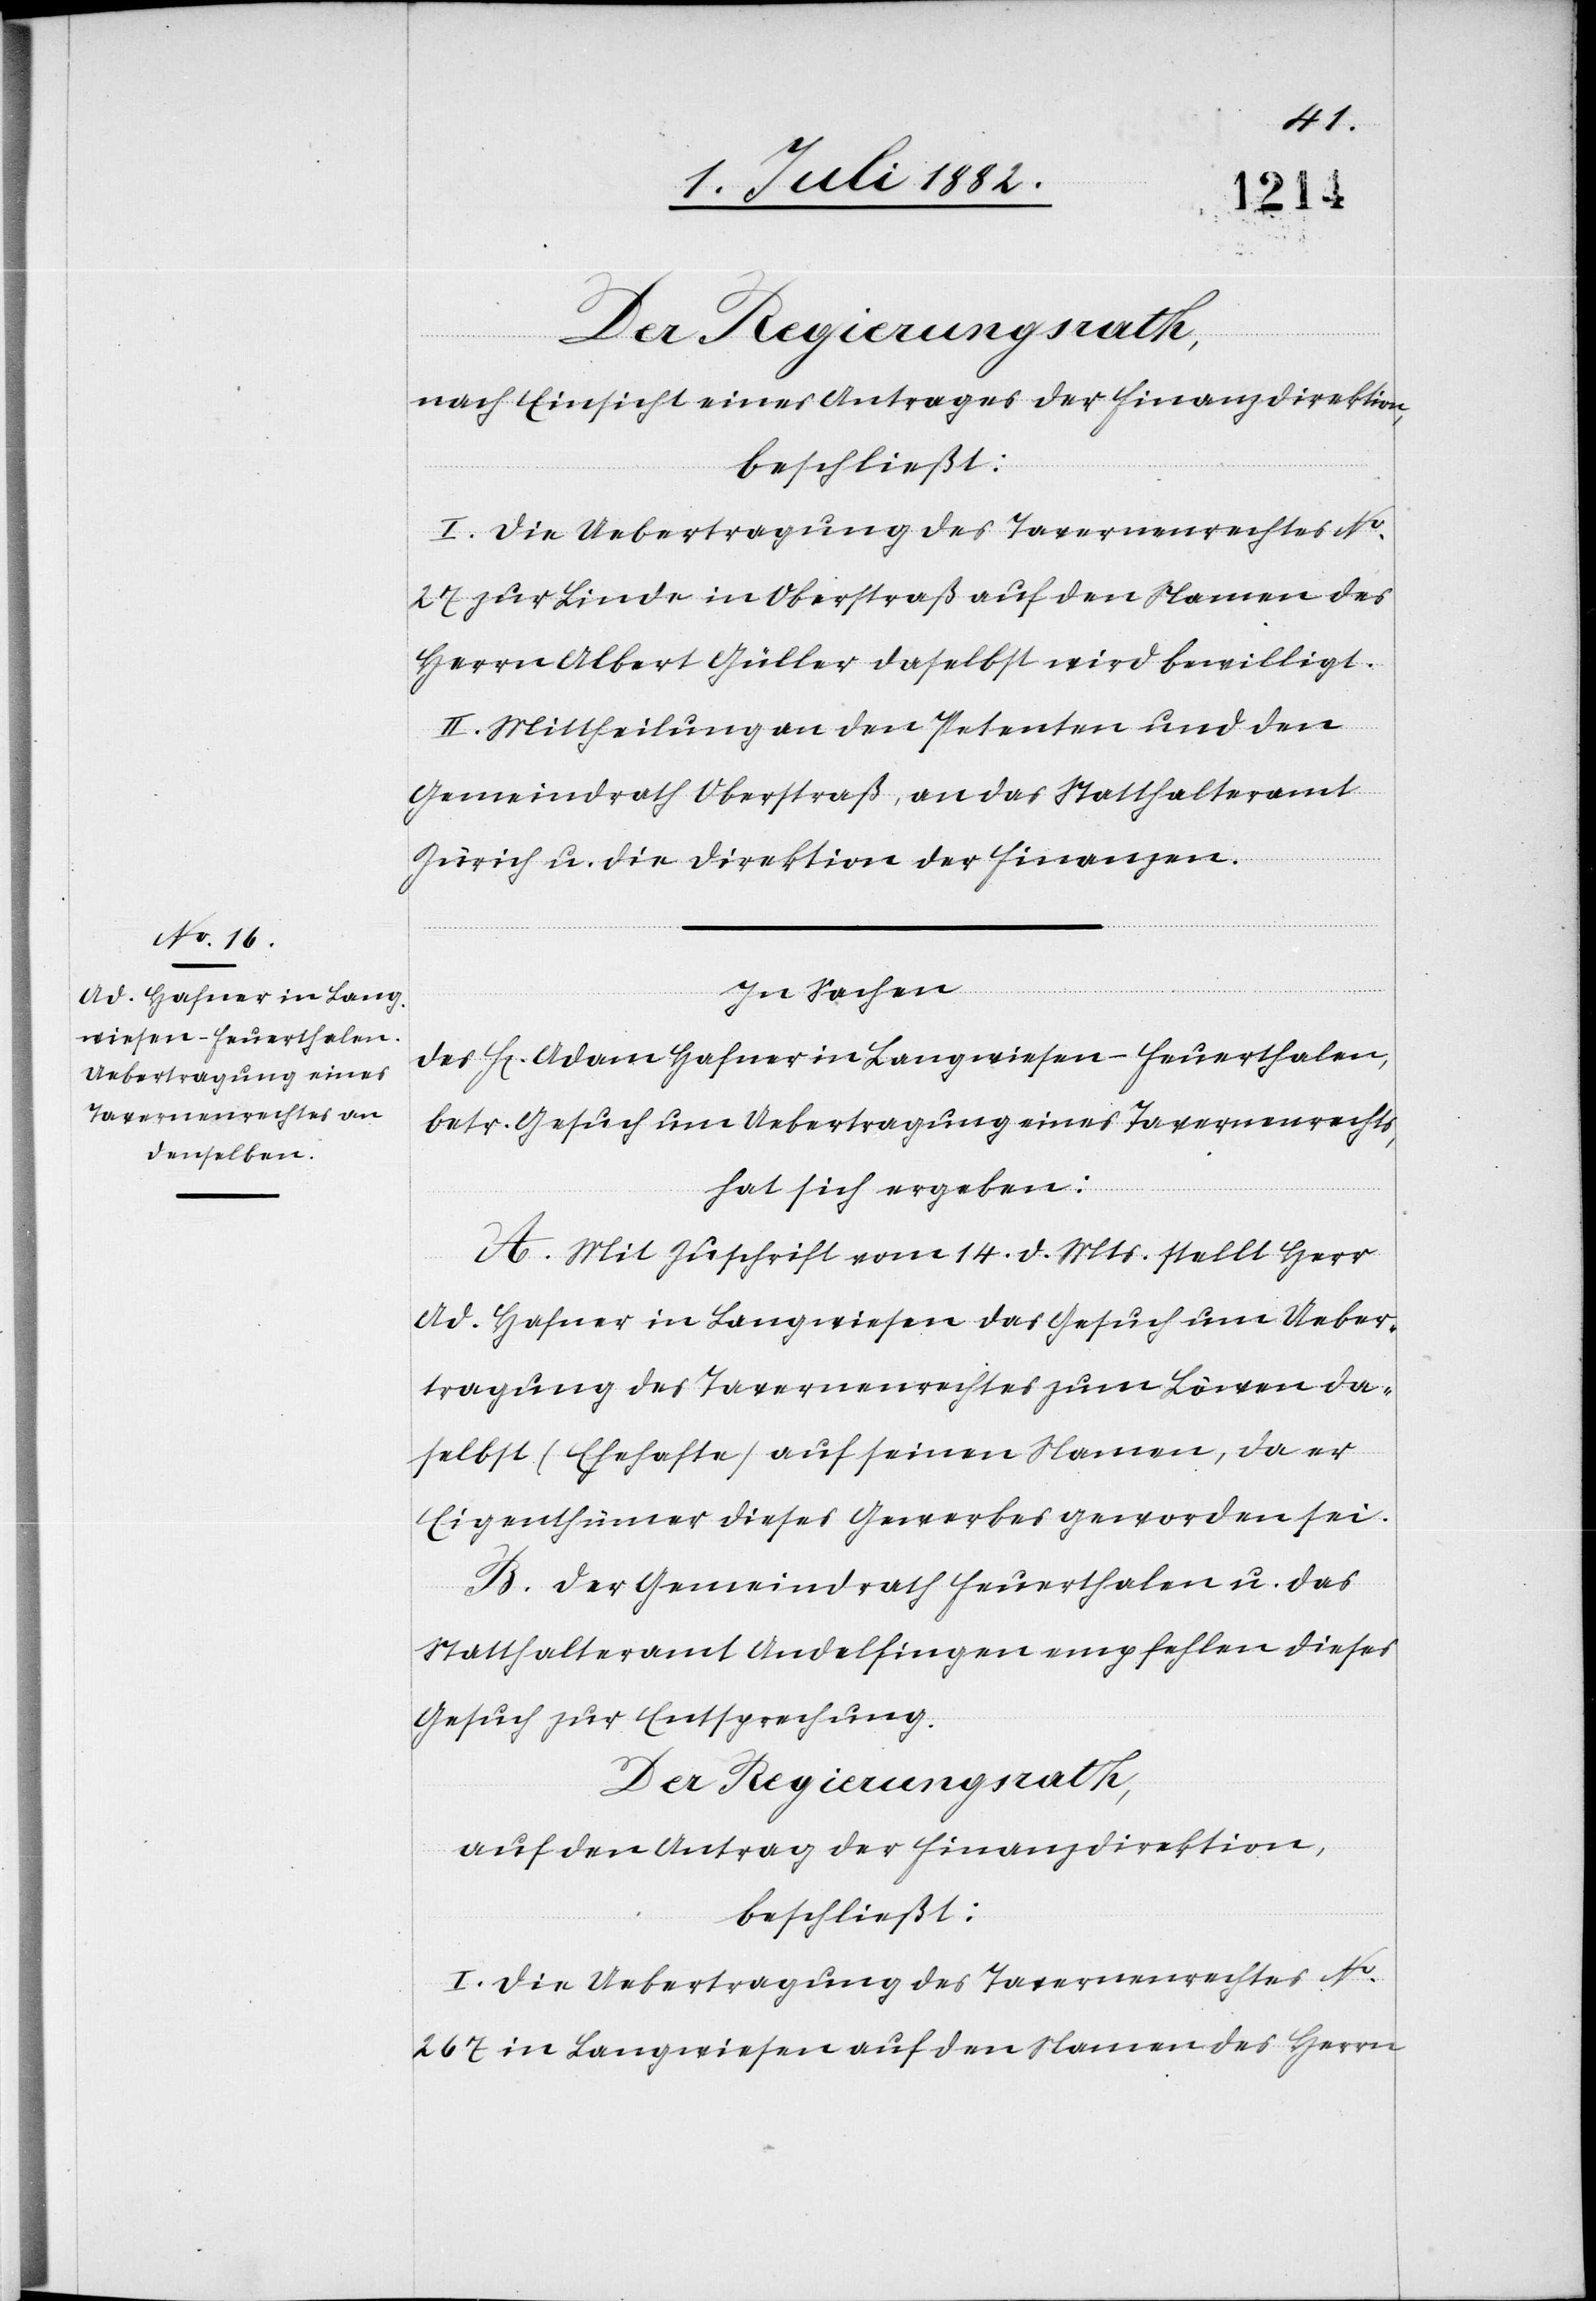
Der Regierungsrath,
nach Einsicht eines Antrages der Finanzdirektion,
beschließt:
I. Die Uebertragung des Tavernenrechtes No
27 zur Linde in Oberstraß auf den Namen des
Herrn Albert Güller daselbst wird bewilligt.
II. Mittheilung an den Petenten und den
Gemeindrath Oberstraß, an das Statthalteramt
Zürich u. die Direktion der Finanzen.
In Sachen
des H. Adam Hafner in Langwiesen - Feuerthalen
betr. Gesuch um Uebertragung eines Tavernenrechts,
hat sich ergeben:
A. Mit Zuschrift vom 14. d. Mts. stellt Herr
Ad. Hafner in Langwiesen das Gesuch um Ueber¬
tragung des Tavernenrechtes zum Löwen da¬
selbst (Ehehafte) auf seinen Namen, da er
Eigenthümer dieses Gewerbes geworden sei.
B. Der Gemeindrath Feuerthalen u. das
Statthalteramt Andelfingen empfehlen dieses
Gesuch zur Entsprechung.
auf den Antrag der Finanzdirektion,
beschließt:
I. Die Uebertragung des Tavernenrechtes No
267 in Langwiesen auf den Namen des Herrn